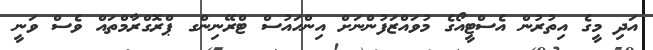
އަދި މީގެ އިތުރުން އެސްޓީއޯގެ މުވައްޒަފުންނަށް އިންހައުސް ޓްރޭނިންގ ޕްރޮގްރާމްތައް ވެސް ވަނީ